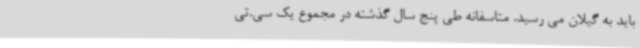
باید به گیلان می رسید. متاسفانه طی پنج سال گذشته در مجموع یک سی.تی